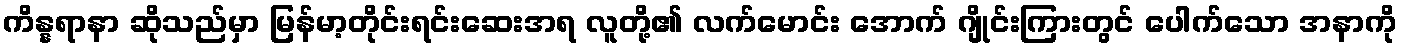
ကိန္နရာနာ ဆိုသည်မှာ မြန်မာ့တိုင်းရင်းဆေးအရ လူတို့၏ လက်မောင်း အောက် ဂျိုင်းကြားတွင် ပေါက်သော အနာကို